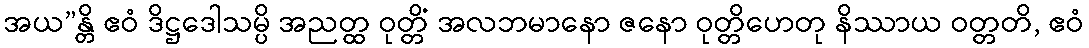
အယ”န္တိ ဧဝံ ဒိဋ္ဌဒေါသမ္ပိ အညတ္ထ ဝုတ္တိံ အလဘမာနော ဇနော ဝုတ္တိဟေတု နိဿာယ ဝတ္တတိ, ဧဝံ